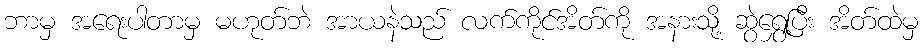
ဘာမှ အရေးပါတာမှ မဟုတ်ဘဲ အာယနဲသည် လက်ကိုင်အိတ်ကို အနားသို့ ဆွဲရွှေ့ပြီး အိတ်ထဲမှ